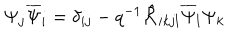
\Psi _ { j } \overline { { { \Psi } } } _ { i } = \delta _ { i j } - q ^ { - 1 } \hat { { \cal R } } _ { i k j l } \overline { { { \Psi } } } _ { l } \Psi _ { k }